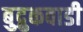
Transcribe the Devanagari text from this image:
बुद्रुकवाडी